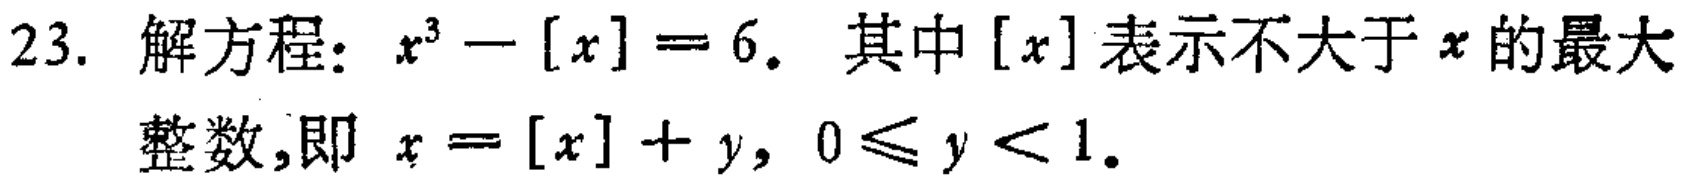
23. 解方程：\(x^{3}-[x]=6\). 其中\([x]\)表示不大于\(x\)的最大整数，即 \(x = [x]+y\)，\(0\leqslant y<1\)。